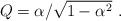
\begin{align*}Q=\alpha/\sqrt{1-\alpha^2} \ . \end{align*}